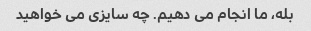
بله، ما انجام می دهیم. چه سایزی می خواهید